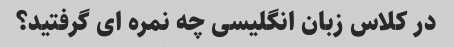
در کلاس زبان انگلیسی چه نمره ای گرفتید؟